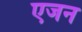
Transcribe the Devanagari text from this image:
एजन